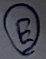
Text: E